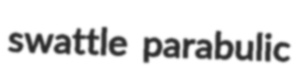
swattle parabulic